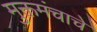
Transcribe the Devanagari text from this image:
मुक्तमंचाचे